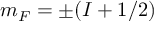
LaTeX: m _ { F } = \pm ( I + 1 / 2 )